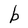
Character: b